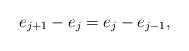
LaTeX: \begin{align*}e_{j+1}-e_{j}=e_{j}-e_{j-1},\end{align*}